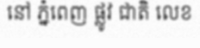
នៅ ភ្នំពេញ ផ្លូវ ជាតិ លេខ